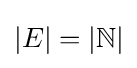
|E|=|\mathbb {N} |